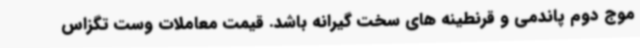
موج دوم پاندمی و قرنطینه های سخت گیرانه باشد. قیمت معاملات وست تگزاس